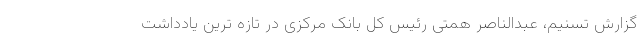
گزارش تسنیم، عبدالناصر همتی رئیس کل بانک مرکزی در تازه ‌ترین یادداشت